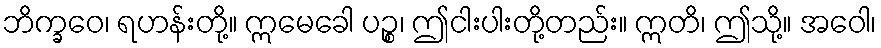
ဘိက္ခဝေ၊ ရဟန်းတို့။ ဣမေခေါ ပဉ္စ၊ ဤငါးပါးတို့တည်း။ ဣတိ၊ ဤသို့။ အဝေါ၊